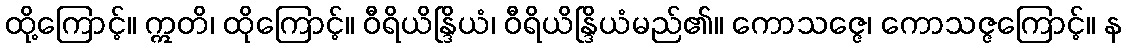
ထို့ကြောင့်။ ဣတိ၊ ထိုကြောင့်။ ဝီရိယိန္ဒြိယံ၊ ဝီရိယိန္ဒြိယံမည်၏။ ကောသဇ္ဇေ၊ ကောသဇ္ဇကြောင့်။ န